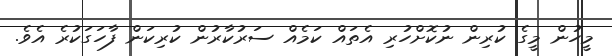
މީހުން މީގެ ކުރިން ނުކޮށްހުރި އެތައް ކަމެއް ސަރުކާރުން ކުރިކަން ފާހަގަކުރެ އެވެ.